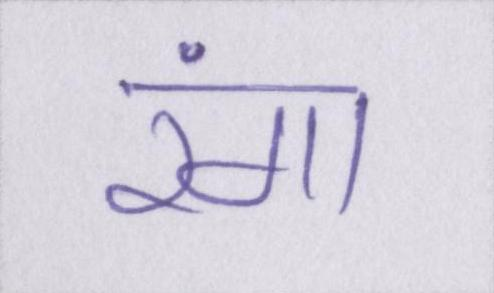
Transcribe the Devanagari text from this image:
रंगा